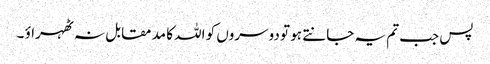
پس جب تم یہ جانتے ہو تو دوسروں کو اللہ کا مد مقابل نہ ٹھہراؤ ۔